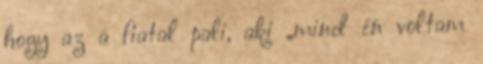
hogy az a fiatal pali, aki „mind én voltam